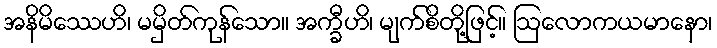
အနိမိဿေဟိ၊ မမှိတ်ကုန်သော။ အက္ခီဟိ၊ မျက်စိတို့ဖြင့်။ ဩလောကယမာနော၊